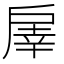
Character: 𢩓